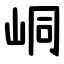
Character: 峒